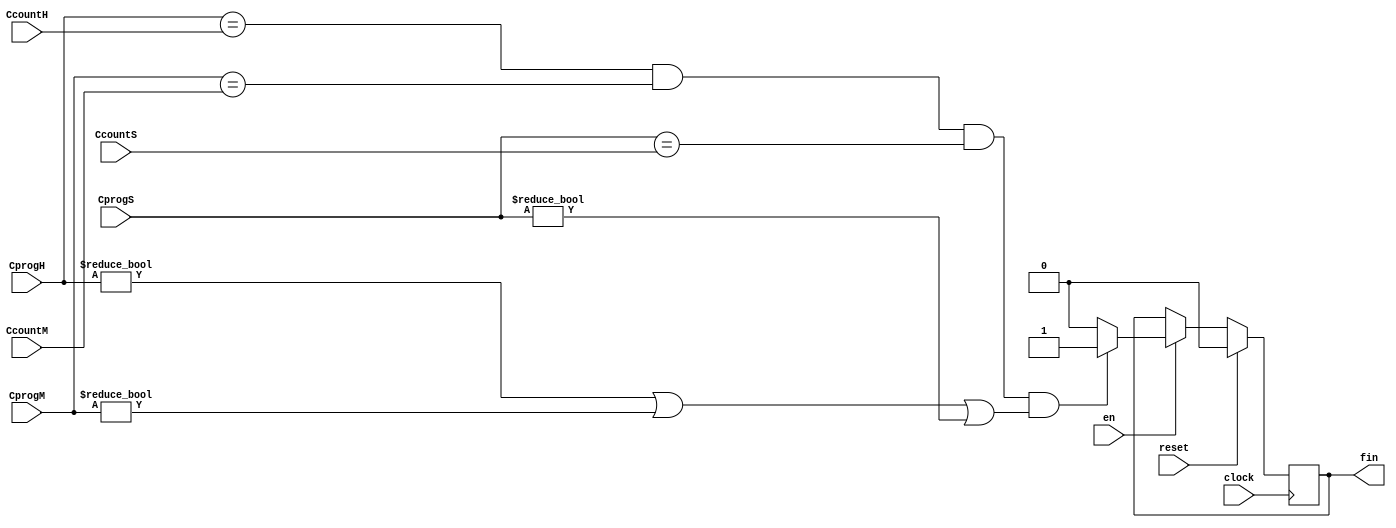
`timescale 1ns / 1ps
//////////////////////////////////////////////////////////////////////////////////
// Company: 
// Engineer: 
// 
// Design Name: 
// Module Name:    Comparador 
// Project Name: 
// Target Devices: 
// Tool versions: 
// Description: 
//
// Dependencies: 
//
// Revision: 
// Revision 0.01 - File Created
// Additional Comments: 
//
//////////////////////////////////////////////////////////////////////////////////
module Comparador(
    input [7:0] CprogH,
	 input [7:0] CprogM,
	 input [7:0] CprogS,
    input [7:0] CcountH,
	 input [7:0] CcountM,
	 input [7:0] CcountS,
    input en,
    input reset,
	 input clock,
    output reg fin
    );
always @(posedge clock)
	begin
	if (reset)fin<=0;
	else if (en)
		begin
		if(CprogH==CcountH&&CprogM==CcountM&&CprogS==CcountS&&(CprogH!=0||CprogM!=0||CprogS!=0))
		fin<=1;
		else
		fin<=0;
		end
	end
endmodule